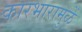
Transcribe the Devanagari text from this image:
कारभारामुळें